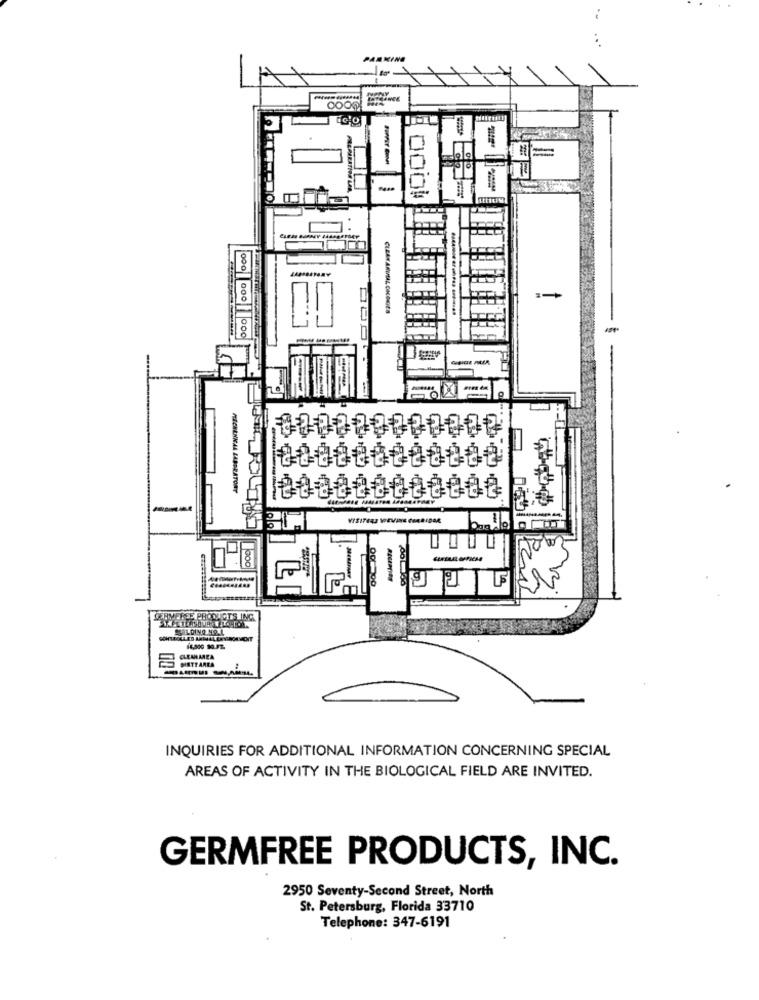
PARKING
000
00
--
MERENICAL LABORATORY
boa
DERMERGE PROS
CLEARAREA
INQUIRIES FOR ADDITIONAL INFORMATION CONCERNING SPECIAL
AREAS OF ACTIVITY IN THE BIOLOGICAL FIELD ARE INVITED.
GERMFREE PRODUCTS, INC.
2950 Seventy-Second Street, North
St. Petersburg, Florida 33710
Telephone: 347-6191